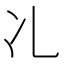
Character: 𠖬